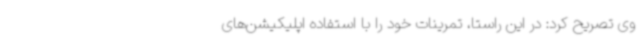
وی تصریح کرد: در این راستا، تمرینات خود را با استفاده اپلیکیشن‌های